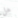
هل